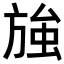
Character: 𭤽